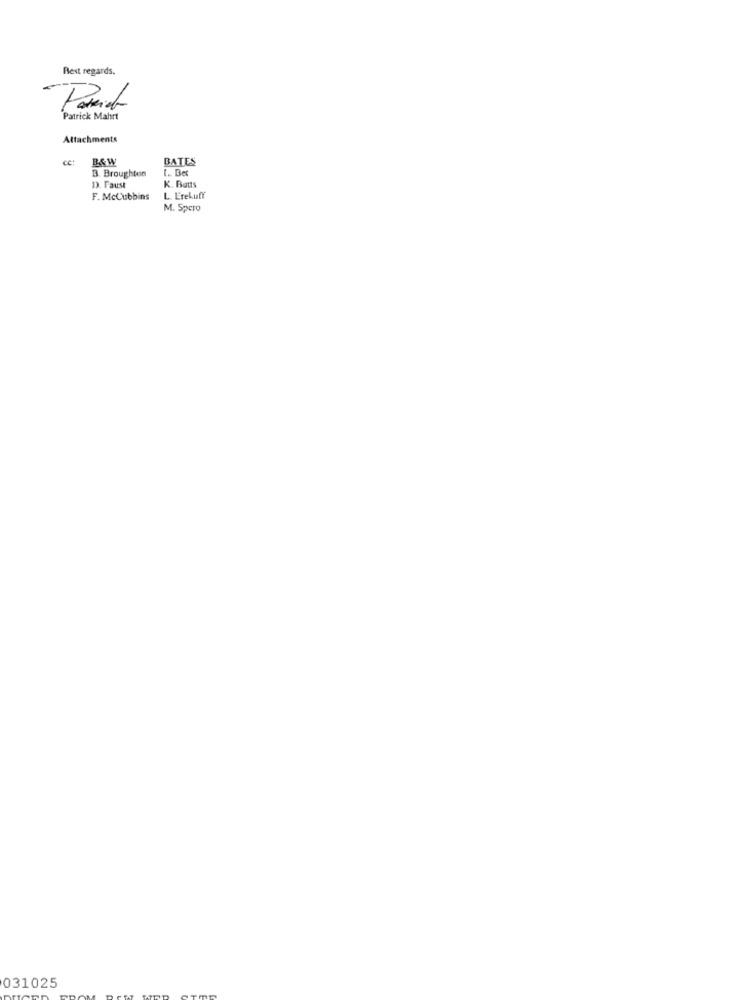
Best regards.
Famiel
Patrick Mahrt
Attachments
cc:
B&W
BATES
B. Broughton
1. Bet
K. Batts
D. Faust
F. McCubbins
L. Erekuff
M. Spero
031025